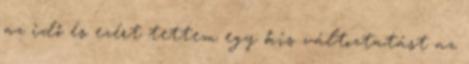
az idő és ezért tettem egy kis változtatást az